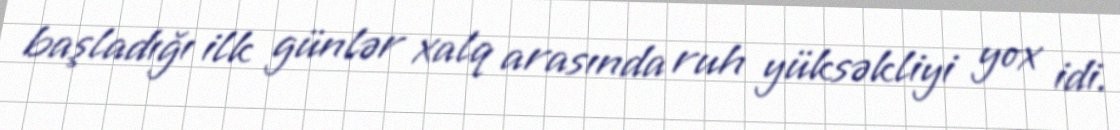
başladığı ilk günlər xalq arasında ruh yüksəkliyi yox idi.